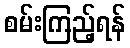
စမ်းကြည့်ရန်